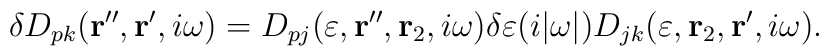
\delta D_{pk} ({\bf r}^{\prime\prime}, {\bf r}^\prime , i \omega) =D_{pj} (\varepsilon, {\bf r}^{\prime\prime}, {\bf r}_2 , i \omega) \delta\varepsilon (i |\omega|) D_{jk} (\varepsilon, {\bf r}_2 , {\bf r}^\prime , i \omega).